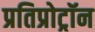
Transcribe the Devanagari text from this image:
प्रतिप्रोट्रॉन